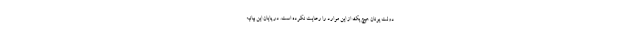
دولت یونان هیچ یک از این موارد را رعایت نکرده است. در پایان این بیانیه